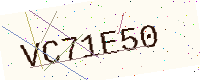
Text: VC71E50